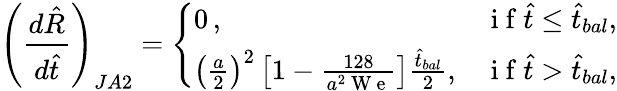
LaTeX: \left(\frac{d\hat{R}}{d\hat{t}}\right)_{JA2}=\left\{ \begin{array}{ll}{0\, ,}&{\mathrm{~i~f~}\hat{t}\le\hat{t}_{bal},}\\ {\left(\frac{a}{2}\right)^{2}\left[1-\frac{128}{a^{2}\mathrm{~W~e~}}\right]\frac{\hat{t}_{bal}}{2},}&{\mathrm{~i~f~}\hat{t}>\hat{t}_{bal},}\end{array}\right.